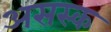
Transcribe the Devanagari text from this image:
असस्क